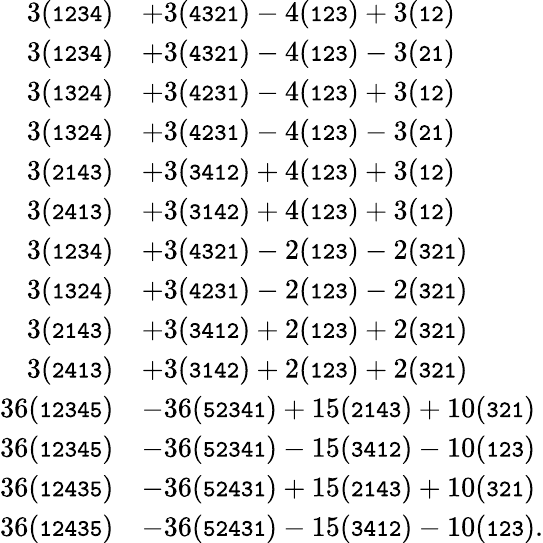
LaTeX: \begin{array}{rl}{3({\small\mathrm{\tt{1234}}})}&{+3({\small\mathrm{\tt{4321}}})-4({\small\mathrm{\tt{123}}})+3({\small\mathrm{\tt{12}}})}\\ {3({\small\mathrm{\tt{1234}}})}&{+3({\small\mathrm{\tt{4321}}})-4({\small\mathrm{\tt{123}}})-3({\small\mathrm{\tt{21}}})}\\ {3({\small\mathrm{\tt{1324}}})}&{+3({\small\mathrm{\tt{4231}}})-4({\small\mathrm{\tt{123}}})+3({\small\mathrm{\tt{12}}})}\\ {3({\small\mathrm{\tt{1324}}})}&{+3({\small\mathrm{\tt{4231}}})-4({\small\mathrm{\tt{123}}})-3({\small\mathrm{\tt{21}}})}\\ {3({\small\mathrm{\tt{2143}}})}&{+3({\small\mathrm{\tt{3412}}})+4({\small\mathrm{\tt{123}}})+3({\small\mathrm{\tt{12}}})}\\ {3({\small\mathrm{\tt{2413}}})}&{+3({\small\mathrm{\tt{3142}}})+4({\small\mathrm{\tt{123}}})+3({\small\mathrm{\tt{12}}})}\\ {3({\small\mathrm{\tt{1234}}})}&{+3({\small\mathrm{\tt{4321}}})-2({\small\mathrm{\tt{123}}})-2({\small\mathrm{\tt{321}}})}\\ {3({\small\mathrm{\tt{1324}}})}&{+3({\small\mathrm{\tt{4231}}})-2({\small\mathrm{\tt{123}}})-2({\small\mathrm{\tt{321}}})}\\ {3({\small\mathrm{\tt{2143}}})}&{+3({\small\mathrm{\tt{3412}}})+2({\small\mathrm{\tt{123}}})+2({\small\mathrm{\tt{321}}})}\\ {3({\small\mathrm{\tt{2413}}})}&{+3({\small\mathrm{\tt{3142}}})+2({\small\mathrm{\tt{123}}})+2({\small\mathrm{\tt{321}}})}\\ {36({\small\mathrm{\tt{12345}}})}&{-36({\small\mathrm{\tt{52341}}})+15({\small\mathrm{\tt{2143}}})+10({\small\mathrm{\tt{321}}})}\\ {36({\small\mathrm{\tt{12345}}})}&{-36({\small\mathrm{\tt{52341}}})-15({\small\mathrm{\tt{3412}}})-10({\small\mathrm{\tt{123}}})}\\ {36({\small\mathrm{\tt{12435}}})}&{-36({\small\mathrm{\tt{52431}}})+15({\small\mathrm{\tt{2143}}})+10({\small\mathrm{\tt{321}}})}\\ {36({\small\mathrm{\tt{12435}}})}&{-36({\small\mathrm{\tt{52431}}})-15({\small\mathrm{\tt{3412}}})-10({\small\mathrm{\tt{123}}}).}\end{array}